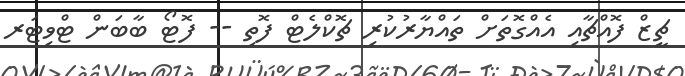
ޗީޒް ފޮއްޗާއި އެއްގޮތަށް ތައްޔާރުކުރި ޗޮކްލެޓް ފޮތި -- ފޮޓޯ ބާބަން ޓްވިޓަރ